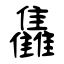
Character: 雥